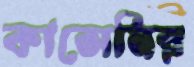
কাসেমির